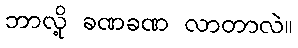
ဘာလို့ ခဏခဏ လာတာလဲ။